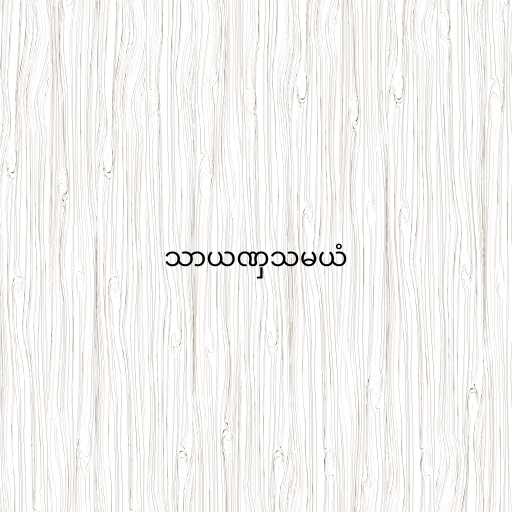
သာယဏှသမယံ